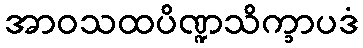
အာဝသထပိဏ္ဍသိက္ခာပဒံ